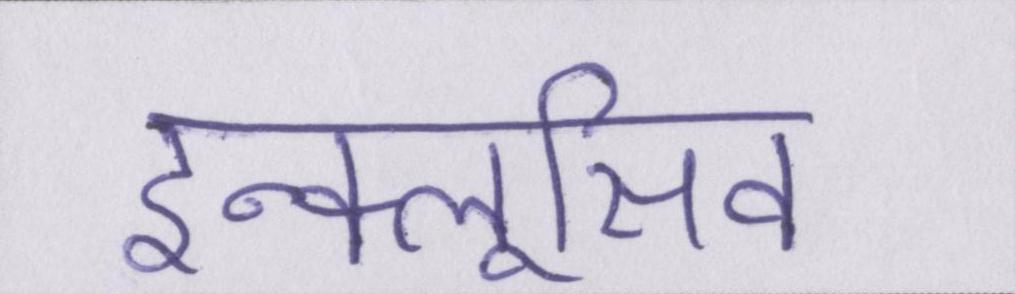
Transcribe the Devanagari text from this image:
इन्क्लूसिव